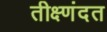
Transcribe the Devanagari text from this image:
तीक्ष्णंदत